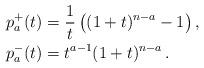
LaTeX: \begin{align*}p_a^+(t)&=\frac{1}{t}\left((1+t)^{n-a}-1\right),\\p_a^-(t)&=t^{a-1}(1+t)^{n-a}\,.\end{align*}